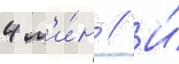
4 м'и́н // И́